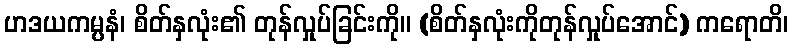
ဟဒယကမ္ပနံ၊ စိတ်နှလုံး၏ တုန်လှုပ်ခြင်းကို။ (စိတ်နှလုံးကိုတုန်လှုပ်အောင်) ကရောတိ၊